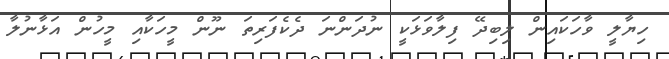
ހިޔާލީ ވާހަކައިން ލިބިދޭ ފިލާވަޅަކީ ނުދަންނަ ދެކެފަރިތަ ނޫން މީހަކާއި މީހުން އަޅާނުލާ